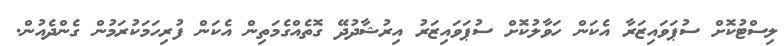
ލިސްޓުކޮށް ސުޕަވައިޒަރާ އެކަން ހަވާލުކޮށް ސުޕަވައިޒަރު އިރުޝާދުދޭ ގޮތެއްގެމަތިން އެކަން ފުރިހަމަކުރަމުން ގެންދެއުން.